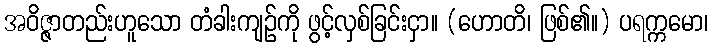
အဝိဇ္ဇာတည်းဟူသော တံခါးကျဉ်ကို ဖွင့်လှစ်ခြင်းငှာ။ (ဟောတိ၊ ဖြစ်၏။) ပရက္ကမော၊